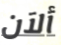
ألآن